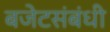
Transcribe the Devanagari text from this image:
बजेटसंबंधी